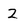
Character: 2